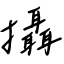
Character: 攝